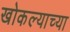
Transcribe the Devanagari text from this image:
खोकल्याच्या